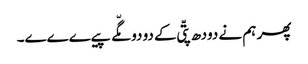
پھر ہم نے دودھ پتّی کے دو دو مگّے پیےےےے۔